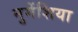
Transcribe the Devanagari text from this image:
नुमेंशिया